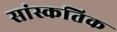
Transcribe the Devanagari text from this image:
सांस्कतिक